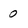
Character: 0